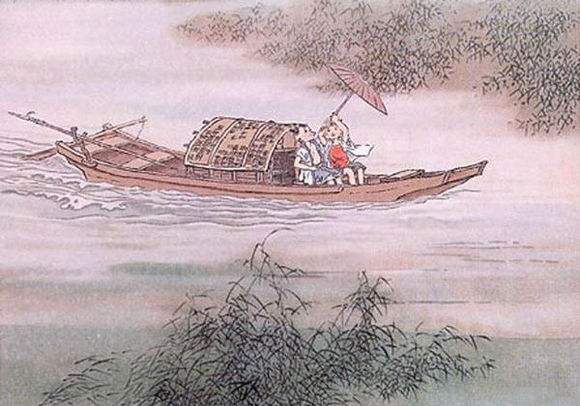
一叶渔船两小童，收篙停棹坐船中。